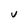
Character: V